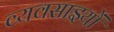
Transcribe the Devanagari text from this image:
व्यवसाइयों